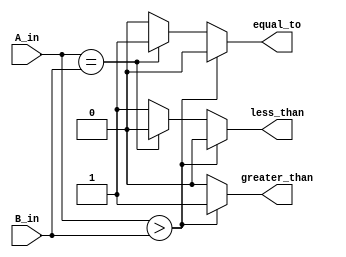
//***************************************
// Vanshika Tanwar
//Verilog file: dvsd_cmp.v
//***************************************
module dvsd_cmp(
        //Input A        
A_in,                                                                                      
        //Input B
B_in,                                                      
        //When A is less than B, it is high
less_than,                                                                                                                                  
        //When A is equal to B, it is high
equal_to,
        //When A is greater than B, it is high
greater_than                                                                                                                                                                                                                                                      
);
        //Declaration of Input Ports.
    input [3:0] A_in;
    input [3:0] B_in;
        //Declarations of Output Ports.
    output less_than;
    output equal_to;
    output greater_than ;
        //Internal variables
        //reg declarations
     reg less_than;
     reg equal_to;
     reg greater_than;
        //When the inputs  A or B are changed then execute this block
    always @(A_in or B_in)
 begin
        //This block checks if A is Greater than B, Greater than is high
       if(A_in > B_in)                              
           begin                                        
                      less_than = 4'b0;      
                      equal_to =4'b0;
                      greater_than = 4'b1;    
           end
        //This block checks if A is equal to B, Equal to is high
       else if(A_in == B_in)                    
           begin                            
                      less_than = 4'b0;
                      equal_to = 4'b1;
                      greater_than = 4'b0;    
           end
        //Otherwise -This block checks for A less than B, Less than is high          
       else                                                  
           begin                                                  
                      less_than = 4'b1;
                      equal_to = 4'b0;
                      greater_than =4'b0;
        end
end
        //End of a module
endmodule